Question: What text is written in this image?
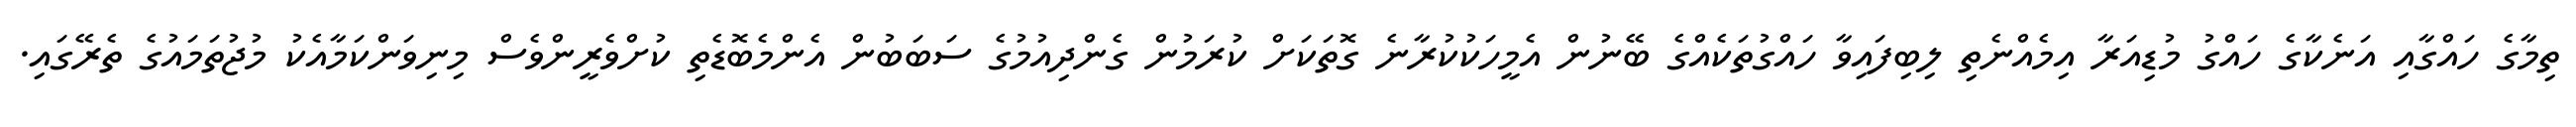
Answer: ތިމާގެ ހައްގާއި އަނެކާގެ ހައްގު މުޑިއަރާ އިމެއްނެތި ލިބިފައިވާ ހައްގުތަކެއްގެ ބޭނުން އެމީހަކުކުރާނެ ގޮތަކަށް ކުރަމުން ގެންދިއުމުގެ ސަބަބުން އެންމެބޮޑެތި ކުށްވެރީންވެސް މިނިވަންކަމާއެކު މުޖުތަމައުގެ ތެރޭގައި.